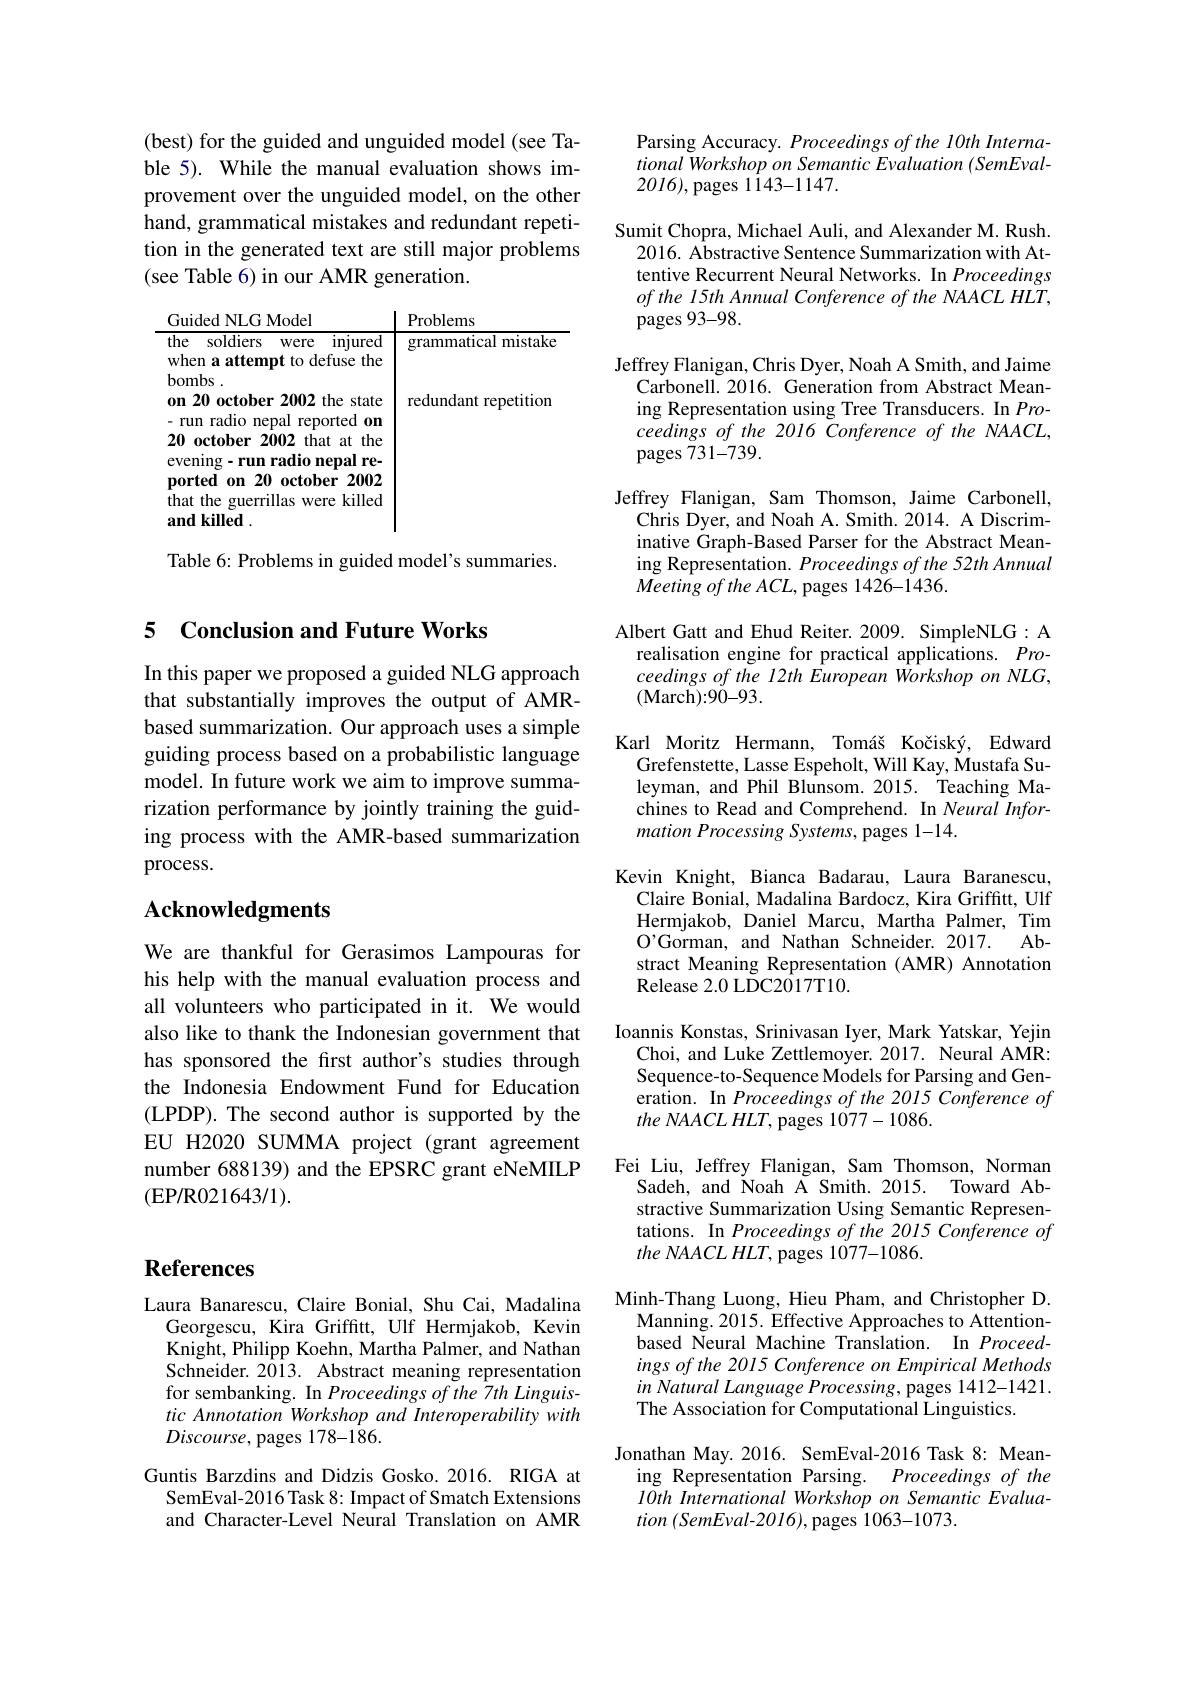
(best) for the guided and unguided model (see Table 5). While the manual evaluation shows improvement over the unguided model, on the other hand, grammatical mistakes and redundant repetition in the generated text are still major problems (see Table 6) in our AMR generation.

<table>
	<tbody>
		<tr>
			<th>Guided NLG Model</th>
			<th>Problems</th>
		</tr>
		<tr>
			<td>the soldiers Were $\operatorname{injured}$ when a attempt to defuse the bombs. on 20 october 2002 the state T run radio nepal reported on 20 october 2002 that at the evening-run radio nepal re- ported on 20 october 2002 that the guerrillas were killed and killed</td>
			<td>grammatıcal mıstake redundant repetition</td>
		</tr>
	</tbody>
</table>

Table 6: Problems in guided model's summaries.

## 5 Conclusion and Future Works

In this paper we proposed a guided NLG approach that substantially improves the output of AMRbased summarization. Our approach uses a simple guiding process based on a probabilistic language model. In future work we aim to improve summarization performance by jointly training the guiding process with the AMR-based summarization process.

## Acknowledgments

We are thankful for Gerasimos Lampouras for his help with the manual evaluation process and all volunteers who participated in it. We would also like to thank the Indonesian government that has sponsored the first author's studies through the Indonesia Endowment Fund for Education (LPDP). The second author is supported by the EU H2020 SUMMA project (grant agreement number 688139) and the EPSRC grant eNeMILP (EP/R021643/1).

Parsing Accuracy. Proceedings of the 10th International Workshop on Semantic Evaluation (SemEval- 2016),pages 1143-1147.

Sumit Chopra, Michael Auli, and Alexander M. Rush.
2016. Abstractive Sentence Summarization with Attentive Recurrent Neural Networks. In Proceedings $of$ the 15th Annual Conference of the NAACL HLT, pages 93-98.

Jeffrey Flanigan, Chris Dyer, Noah A Smith, and Jaime
Carbonell. 2016. Generation from Abstract Meaning Representation using Tree Transducers. In Pro- $ceedings~of~the~2016~Conference~of~the~NAACL$, pages 731-739.
Jeffrey Flanigan, Sam Thomson, Jaime Carbonell,
Chris Dyer, and Noah A. Smith. 2014. A Discriminative Graph-Based Parser for the Abstract Meaning Representation. Proceedings of the 52th Annual $\tilde {Meeting}\textit{of the ACL, pages 1426- 1436. }$
Albert Gatt and Ehud Reiter. 2009. SimpleNLG: A realisation engine for practical applications. Proceedings of the 12th European Workshop on NLG, (March):90-93.
Karl Moritz Hermann, Tomáš Kočiský, Edward
Grefenstette, Lasse Espeholt, Will Kay, Mustafa Suleyman, and Phil Blunsom. 2015. Teaching Machines to Read and Comprehend. In Neural Information Processing Systems, pages 1-14.
Kevin Knight, Bianca Badarau, Laura Baranescu,
Claire Bonial, Madalina Bardocz, Kira Griffitt, Ulf Hermjakob, Daniel Marcu, Martha Palmer, Tim O'Gorman, and Nathan Schneider. 2017. Abstract Meaning Representation (AMR) Annotation Release 2. 0 LDC2017T10.
Ioannis Konstas, Srinivasan Iyer, Mark Yatskar, Yejin
Choi, and Luke Zettlemoyer. 2017. Neural AMR: Sequence-to-Sequence Models for Parsing and Generation. In Proceedings of the 2015 Conference of $the\textit{NAACL HLT, pages 1077- 1086. }$
Fei Liu, Jeffrey Flanigan, Sam Thomson, Norman
Sadeh, and Noah Ä Smith. 2015. Toward Abstractive Summarization Using Semantic Representations. In Proceedings of the 2015 Conference of $theNAACLHLT$, pages 1077-1086.
Minh-Thang Luong, Hieu Pham, and Christopher D.
Manning. 2015. Effective Approaches to Attentionbased Neural Machine Translation. In Proceedings of the 2015 Conference on Empirical Methods in Natural Language Processing, pages 1412-1421. The Association for Computational Linguistics.
Jonathan May.2016. SemEval-2016 Task 8: Mean-
ing Representation Parsing. Proceedings of the 10th International Workshop on Semantic Evalua- $tion\left(SemEval-2016\right)$,pages 1063-1073.

# References

Laura Banarescu, Claire Bonial, Shu Cai, Madalina
Georgescu, Kira Griffitt, Ulf Hermjakob, Kevin Knight, Philipp Koehn, Martha Palmer, and Nathan Schneider. 2013. Abstract meaning representation for sembanking. In Proceedings of the 7th Linguistic Annotation Workshop and Interoperability with Discourse, pages 178-186.

Guntis Barzdins and Didzis Gosko.2016. RIGA at
SemEval-2016 Task 8: Impact of Smatch Extensions and Character-Level Neural Translation on AMR